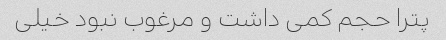
پترا حجم کمی‌ داشت و مرغوب‌ نبود خیلی